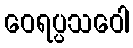
ဝေရပ္ပသဝေါ